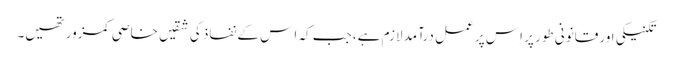
تکنیکی اور قانونی طور پر اِس پر عمل درآمد لازم ہے، جب کہ اِس کے نفاذ کی شقیں خاصی کمزور تھیں۔